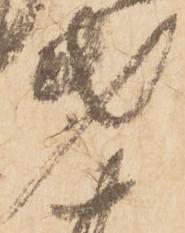
第